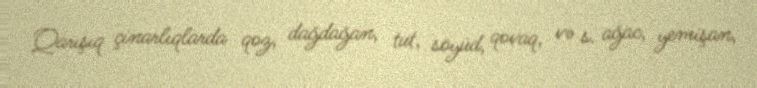
Qarışıq çinarlıqlarda qoz, dağdağan, tut, söyüd, qovaq, və s. ağac, yemişan,